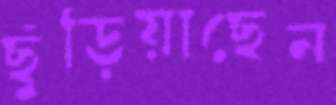
ছুঁড়িয়াছেন